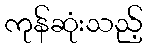
ကုန်ဆုံးသည့်